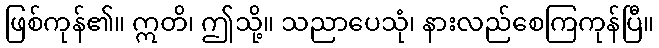
ဖြစ်ကုန်၏။ ဣတိ၊ ဤသို့။ သညာပေသုံ၊ နားလည်စေကြကုန်ပြီ။